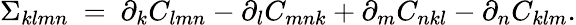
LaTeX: \Sigma_{klmn}\ =\ \partial_{k}C_{lmn}-\partial_{l}C_{mnk}+\partial_{m}C_{nkl}-\partial_{n}C_{klm}.